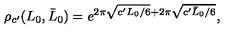
\rho _ { c ^ { \prime } } ( L _ { 0 } , \bar { L } _ { 0 } ) = e ^ { 2 \pi \sqrt { c ^ { \prime } L _ { 0 } / 6 } + 2 \pi \sqrt { c ^ { \prime } \bar { L } _ { 0 } / 6 } } ,